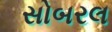
સોબરલ